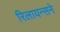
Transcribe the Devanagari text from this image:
रिलायन्सने